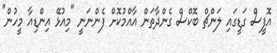
އޮފީސް ގަޑީގައި ލަންޗް ބޮކްސް ގެންދާތަން އާއްމުކޮށް ފެންނަނީ "މިއުޅޭ އިންޑިއާ މީހުން"